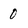
Character: 0